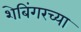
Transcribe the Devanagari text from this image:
शेबिंगरच्या